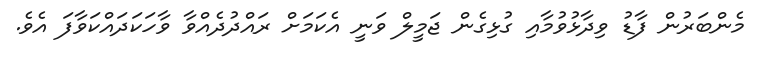
މެންބަރުން ފާޑު ވިދާޅުވުމާއި ގުޅިގެން ޖަމީލް ވަނީ އެކަމަށް ރައްދުދެއްވާ ވާހަކަދައްކަވާފަ އެވެ.